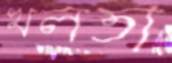
খলতা